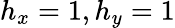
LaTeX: h_{x}=1,h_{y}=1